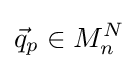
{\vec {q}}_{p}\in M_{n}^{N}